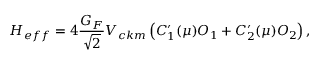
{ { \cal H } _ { e f f } } = 4 \frac { G _ { F } } { \sqrt 2 } V _ { c k m } \left( C _ { 1 } ^ { \prime } ( \mu ) O _ { 1 } + C _ { 2 } ^ { \prime } ( \mu ) O _ { 2 } \right) ,